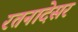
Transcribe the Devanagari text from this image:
रतनादेसर